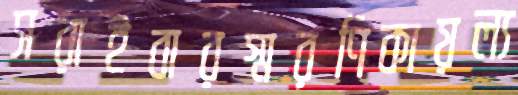
সরাইবারস্মরণিকায়ল্য